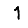
Digit: 1